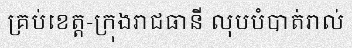
គ្រប់ខេត្ត-ក្រុងរាជធានី លុបបំបាត់រាល់